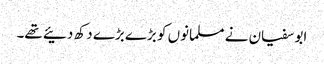
ابو سفیان نے مسلمانوں کو بڑے بڑے دکھ دئیے تھے۔